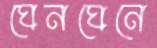
ঘেনঘেনে